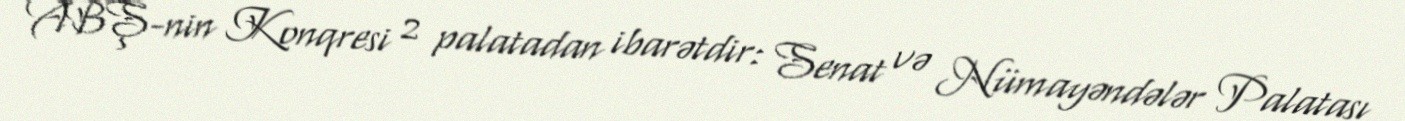
ABŞ-nin Konqresi 2 palatadan ibarətdir: Senat və Nümayəndələr Palatası